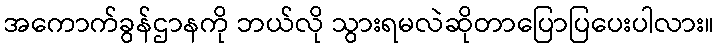
အကောက်ခွန်ဌာနကို ဘယ်လို သွားရမလဲဆိုတာပြောပြပေးပါလား။